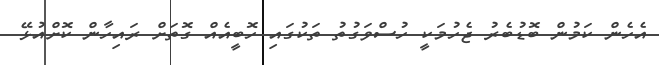
އެހެން ކަމުން ބޮޑުބެރު ޖެހުމަކީ ހުސްވަގުތު ތަކުގައި ހޮބީއެއް ގޮތަށް ރައިހާން ކޮށްއުޅޭ